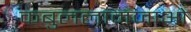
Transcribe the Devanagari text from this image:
कबुललामजाओ